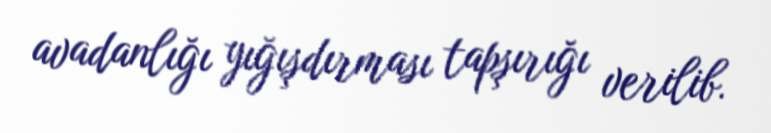
avadanlığı yığışdırması tapşırığı verilib.